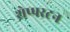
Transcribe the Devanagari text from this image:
शेप्परटन